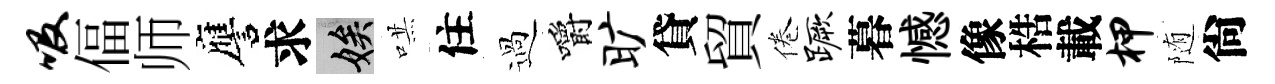
吸偪师譍求娭哄住過嚼旷貸貿倦蹶暮憾像梏載柙随尙